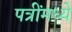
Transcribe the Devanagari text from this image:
पत्रींमध्ये